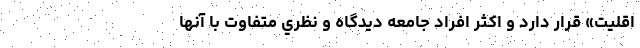
اقليت» قرار دارد و اكثر افراد جامعه ديدگاه و نظري متفاوت با آنها